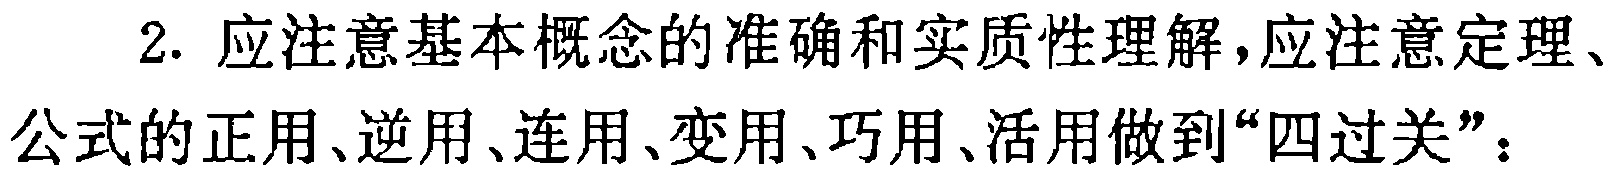
2. 应注意基本概念的准确和实质性理解，应注意定理、公式的正用、逆用、连用、变用、巧用、活用做到“四过关”：